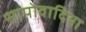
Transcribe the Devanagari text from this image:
सापोवादिया